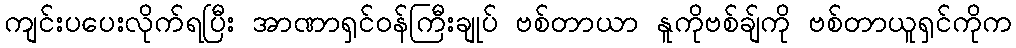
ကျင်းပပေးလိုက်ရပြီး အာဏာရှင်ဝန်ကြီးချုပ် ဗစ်တာယာ နူကိုဗစ်ချ်ကို ဗစ်တာယူရှင်ကိုက